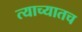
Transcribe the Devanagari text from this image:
त्याच्यातच